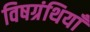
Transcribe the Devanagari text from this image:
विषग्रंथियाँ